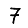
Digit: 7